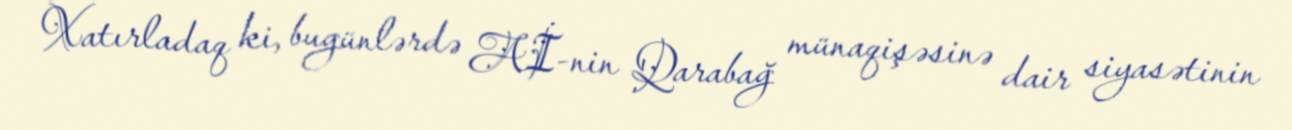
Xatırladaq ki, bugünlərdə Aİ-nin Qarabağ münaqişəsinə dair siyasətinin